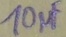
Text: 10µF